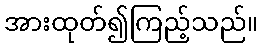
အားထုတ်၍ကြည့်သည်။